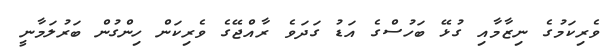
ވެރިކަމުގެ ނިޒާމާއި ގުޅޭ ބަހުސްގެ އަޑު ގަދަވެ ރާއްޖޭގެ ވެރިކަން ހިންގުން ބަރުލަމާނީ